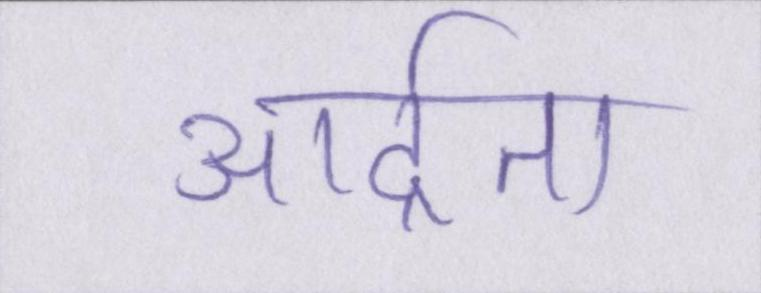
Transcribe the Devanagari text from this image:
आर्द्रता